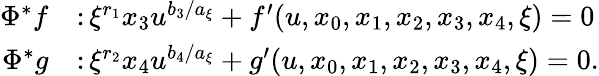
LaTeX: \begin{array}{rl}{\Phi^{*}f}&{\colon\xi^{r_{1}}x_{3}u^{b_{3}/a_{\xi}}+f^{\prime}(u,x_{0},x_{1},x_{2},x_{3},x_{4},\xi)=0}\\ {\Phi^{*}g}&{\colon\xi^{r_{2}}x_{4}u^{b_{4}/a_{\xi}}+g^{\prime}(u,x_{0},x_{1},x_{2},x_{3},x_{4},\xi)=0.}\end{array}